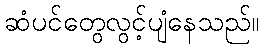
ဆံပင်တွေလွင့်ပျံနေသည်။